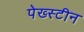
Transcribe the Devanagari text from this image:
पेख्स्टीन